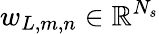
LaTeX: w_{L,m,n}\in\mathbb{R}^{N_{s}}